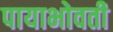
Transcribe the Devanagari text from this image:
पायाभोवती